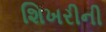
શિખરીની